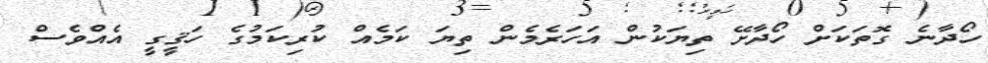
ހޯދާނެ ގޮތަކަށް ހޯދާށޭ ތިޔަކުން އަހަރެމެން ތިޔަ ކަމެއް ކުރިކަމުގެ ހަޤީގީ އެއްވެސް